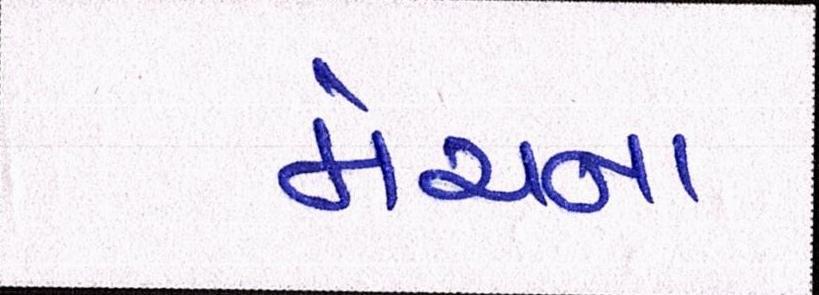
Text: મેચના